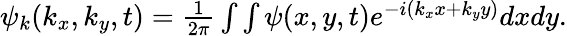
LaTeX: \begin{array}{r}{\psi_{k}(k_{x},k_{y},t)=\frac{1}{2\pi}\int\int\psi(x,y,t)e^{-i(k_{x}x+k_{y}y)}dxdy.}\end{array}